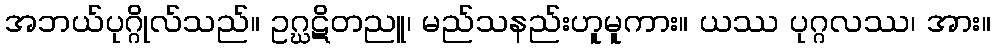
အဘယ်ပုဂ္ဂိုလ်သည်။ ဥဂ္ဃဋိတညူ၊ မည်သနည်းဟူမူကား။ ယဿ ပုဂ္ဂလဿ၊ အား။